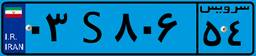
۰۳S۸۰۶۵۴